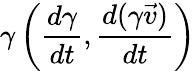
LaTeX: \gamma\left({\frac{d\gamma}{dt}},{\frac{d(\gamma{\vec{v}})}{dt}}\right)